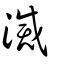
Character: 滅